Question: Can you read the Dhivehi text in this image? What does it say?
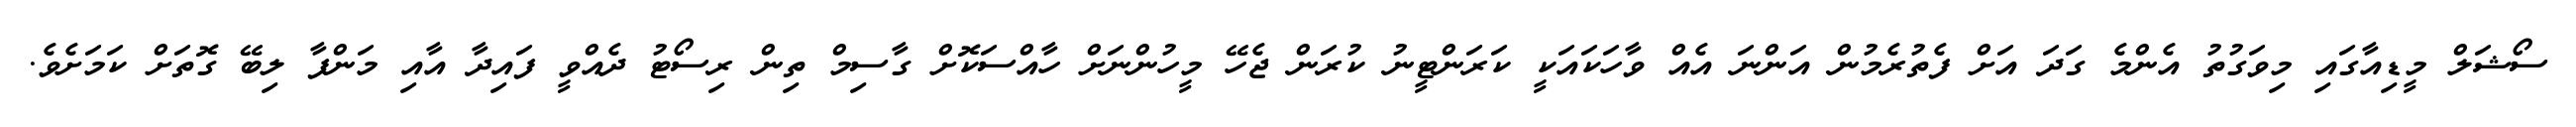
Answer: ސޯޝަލް މީޑިއާގައި މިވަގުތު އެންމެ ގަދަ އަށް ފެތުރެމުން އަންނަ އެއް ވާހަކައަކީ ކަރަންޓީނު ކުރަން ޖެހޭ މީހުންނަށް ހާއްސަކޮށް ގާސިމް ތިން ރިސޯޓު ދެއްވީ ފައިދާ އާއި މަންފާ ލިބޭ ގޮތަށް ކަމަށެވެ.